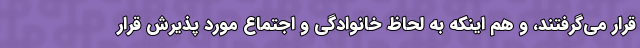
قرار می‌گرفتند، و هم اینکه به لحاظ خانوادگی و اجتماع مورد پذیرش قرار